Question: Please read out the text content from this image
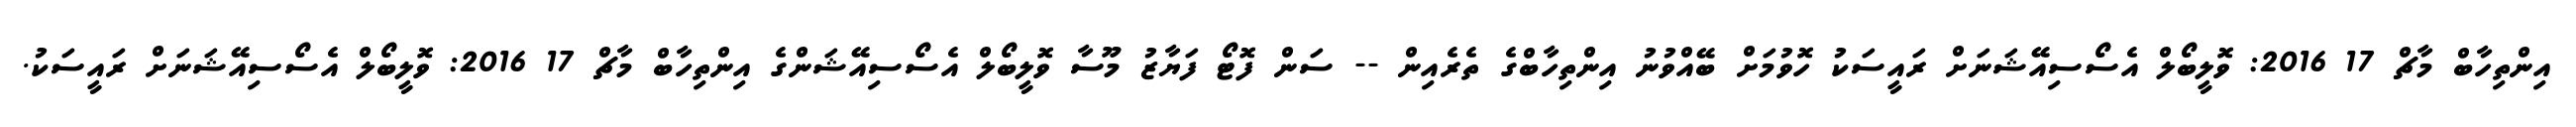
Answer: އިންތިހާބް މާޗް 17 2016: ވޮލީބޯލް އެސޯސިއޭޝަނަށް ރައީސަކު ހޮވުމަށް ބޭއްވުނު އިންތިހާބްގެ ތެރެއިން -- ސަން ފޮޓޯ ފަޔާޒު މޫސާ ވޮލީބޯލް އެސޯސިއޭޝަންގެ އިންތިހާބް މާޗް 17 2016: ވޮލީބޯލް އެސޯސިއޭޝަނަށް ރައީސަކު.